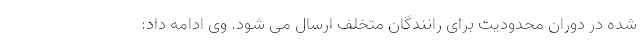
شده در دوران محدودیت برای رانندگان متخلف ارسال می شود. وی ادامه داد:‌